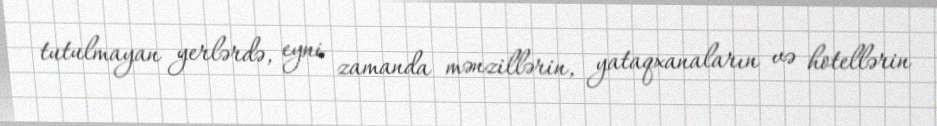
tutulmayan yerlərdə, eyni zamanda mənzillərin, yataqxanaların və hotellərin